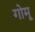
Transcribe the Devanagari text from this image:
गोमू